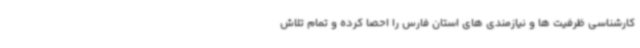
کارشناسی ظرفیت ها و نیازمندی های استان فارس را احصا کرده و تمام تلاش